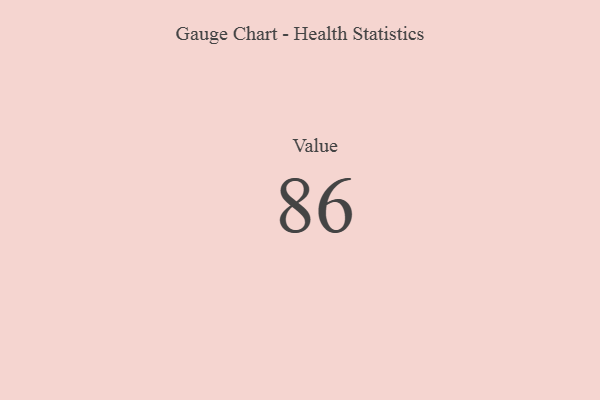
{"axis": {"x": "Metric", "y": "Value"}, "legend": [""], "data": [{"x": "Value", "y": 86, "type": ""}]}